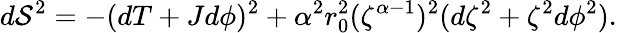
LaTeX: d\mathcal{S}^{2}=-(dT+Jd\phi)^{2}+\alpha^{2}r_{0}^{2}(\zeta^{\alpha-1})^{2}(d\zeta^{2}+\zeta^{2}d\phi^{2}).